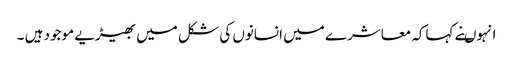
انہوںنے کہاکہ معاشرے میں انسانوں کی شکل میں بھیڑیے موجود ہیں ۔